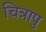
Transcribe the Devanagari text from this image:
चित्रापु